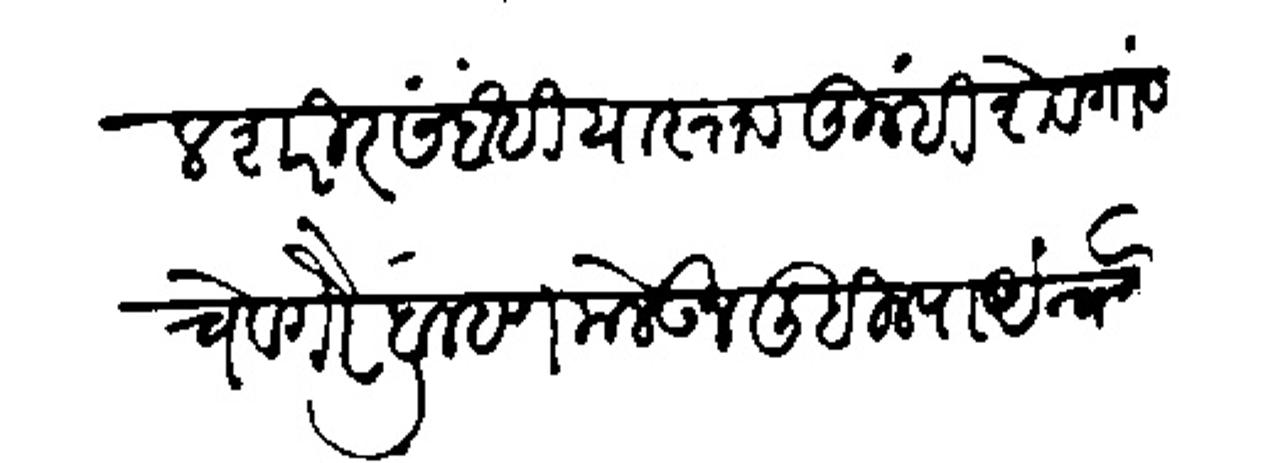
Transliteration (Devanagari): ग्रामष्यांतील शरीरसंबंधी यास्तव तुम्हीं शेवगांव चे वगैरे ब्राम्हण मेलऊन लिहिल्याअंन्वये